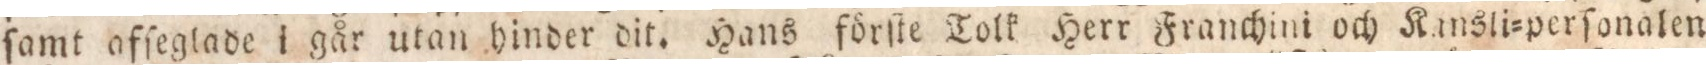
ſamt afſeglade i går utan hinder dit. Hans förſte Tolk Herr Franchini och Kansli=perſonalen